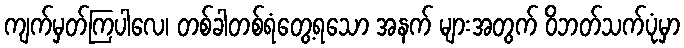
ကျက်မှတ်ကြပါလေ၊ တစ်ခါတစ်ရံတွေ့ရသော အနက် များအတွက် ဝိဘတ်သက်ပုံမှာ